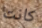
كانت